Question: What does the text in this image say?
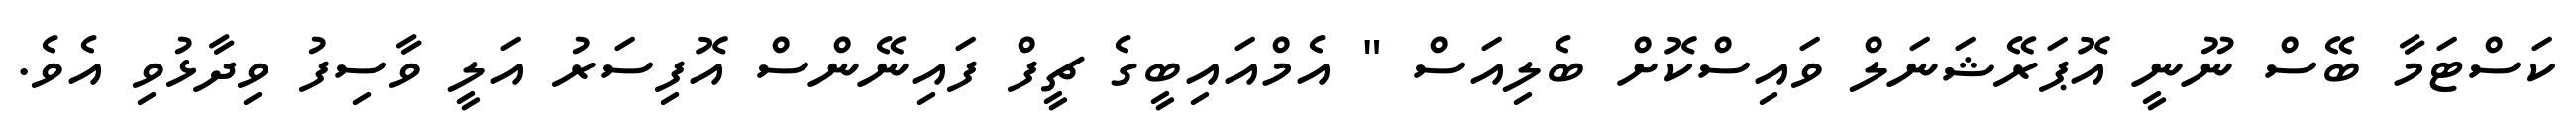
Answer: ކަސްޓަމާ ބޭސް ނޫނީ އޮޕަރޭޝަނަލް ވައިސްކޮށް ބެލިއަސް " އެމްއައިބީގެ ޗީފް ފައިނޭންސް އޮފިސަރު އަލީ ވާސިފު ވިދާޅުވި އެވެ.